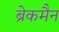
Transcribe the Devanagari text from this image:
ब्रेकमैन